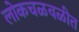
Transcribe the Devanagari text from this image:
लोकचळवळीत